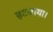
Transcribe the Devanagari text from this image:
हटवाया।